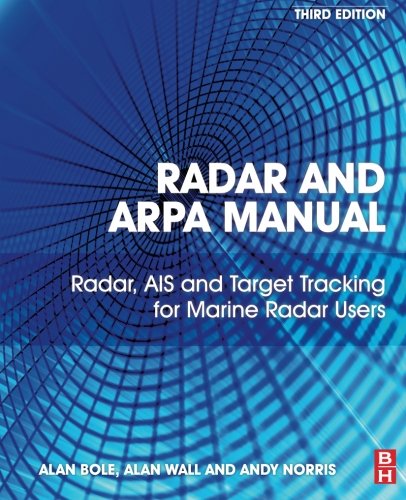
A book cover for Radar and ARPA Manual, Third Edition: Radar, AIS and Target Tracking for Marine Radar Users; Alan G. Bole; Engineering & Transportation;